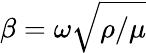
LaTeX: \beta=\omega\sqrt{\rho/\mu}